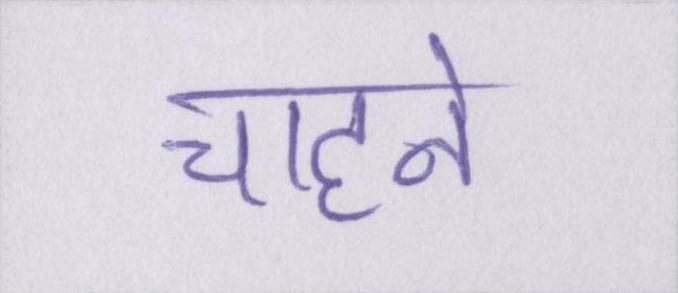
चाहने